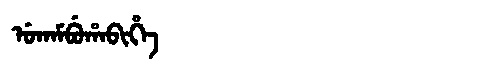
Manchu: ᡠᡴᠠᠮᠪᡠᡥᠠᠪᡳᡥᡝ
Romanization: UKAMBUHABIHE